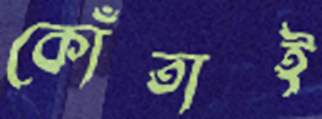
কোঁতাই